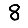
Digit: 8